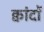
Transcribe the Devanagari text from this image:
क्वांदों